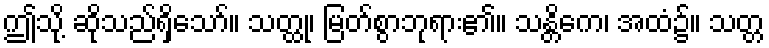
ဤသို့ ဆိုသည်ရှိသော်။ သတ္ထု၊ မြတ်စွာဘုရား၏။ သန္တိကေ၊ အထံ၌။ သတ္တ